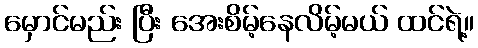
မှောင်မည်း ပြီး အေးစိမ့်နေလိမ့်မယ် ထင်ရဲ့။